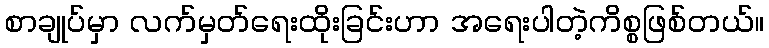
စာချုပ်မှာ လက်မှတ်ရေးထိုးခြင်းဟာ အရေးပါတဲ့ကိစ္စဖြစ်တယ်။